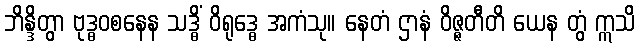
ဘိန္ဒိတွာ ဗုဒ္ဓဝစနေန သဒ္ဓိံ ဝိရုဒ္ဓေ အကံသု။ နေတံ ဌာနံ ဝိဇ္ဇတီတိ ယေန တွံ ဣသိ